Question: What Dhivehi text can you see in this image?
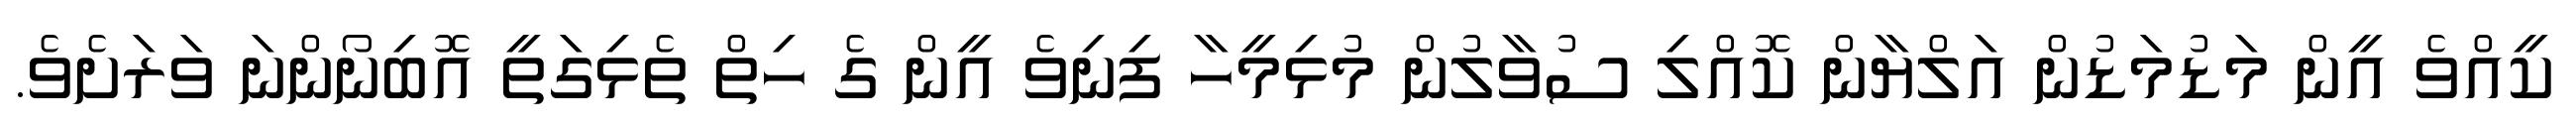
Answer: ކީއްވެ އީން މަޑުމަޑުން އަލްޔާން ކޮއްލި ސުވާލުން މުޅިމީހާ ފިނިވެ އީން ގެ ހިތް ތެޅިގަތީ އޮބިނޯންނަ ވަރަށެވެ.